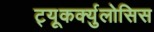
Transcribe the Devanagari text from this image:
ट्यूकर्क्युलोसिस